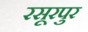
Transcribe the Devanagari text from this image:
रसूरपुर